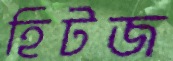
হিটজ